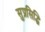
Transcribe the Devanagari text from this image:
सुप्रसिद्धि